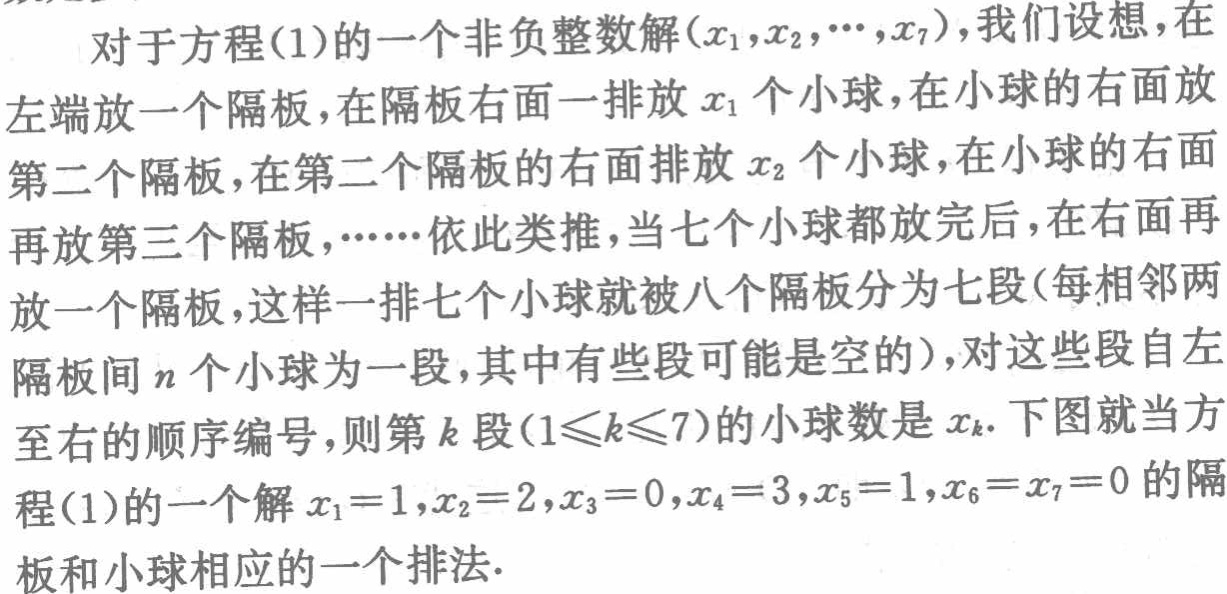
对于方程(1)的一个非负整数解\((x_1,x_2,\cdots,x_7)\)，我们设想，在左端放一个隔板，在隔板右面一排放\(x_1\)个小球，在小球的右面放第二个隔板，在第二个隔板的右面排放\(x_2\)个小球，在小球的右面再放第三个隔板，……依此类推，当七个小球都放完后，在右面再放一个隔板，这样一排七个小球就被八个隔板分为七段(每相邻两隔板间\(n\)个小球为一段，其中有些段可能是空的)，对这些段自左至右的顺序编号，则第\(k\)段\((1\leqslant k\leqslant7)\)的小球数是\(x_k\). 下图就当方程(1)的一个解\(x_1 = 1,x_2 = 2,x_3 = 0,x_4 = 3,x_5 = 1,x_6 = x_7 = 0\)的隔板和小球相应的一个排法.